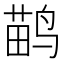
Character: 鹋